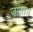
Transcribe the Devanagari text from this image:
जाना।।